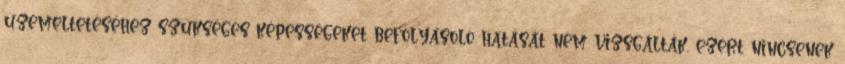
üzemeltetéséhez szükséges képességeket befolyásoló hatását nem vizsgálták, ezért nincsenek